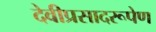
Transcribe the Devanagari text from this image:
देवीप्रसादरूपेण